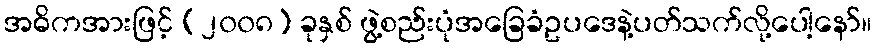
အဓိကအားဖြင့် (၂၀၀၈) ခုနှစ် ဖွဲ့စည်းပုံအခြေခံဥပဒေနဲ့ပတ်သက်လို့ပေါ့နော်။